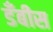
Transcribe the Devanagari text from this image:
डँबीस